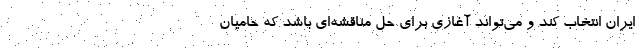
ایران انتخاب کند و می‌تواند آغازی برای حل مناقشه‌ای باشد که حامیان